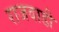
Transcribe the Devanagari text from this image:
राजवाडी